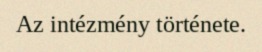
Az intézmény története.